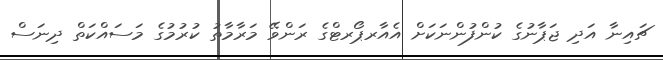
ޗައިނާ އަދި ޖަޕާނުގެ ކުންފުންނަކަށް އެއާރޕޯރޓްގެ ރަންވޭ މަރާމާތު ކުރުމުގެ މަސައްކަތް ދިނަސް